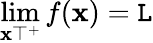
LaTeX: \operatorname*{lim}_{\mathbf{x}\top^{+}}f(\mathbf{x})=\mathtt{L}